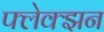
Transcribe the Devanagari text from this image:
फ्लेक्झन